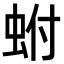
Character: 蚹